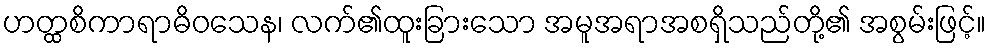
ဟတ္ထစိကာရာဓိဝသေန၊ လက်၏ထူးခြားသော အမူအရာအစရှိသည်တို့၏ အစွမ်းဖြင့်။